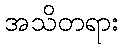
အသိတရား